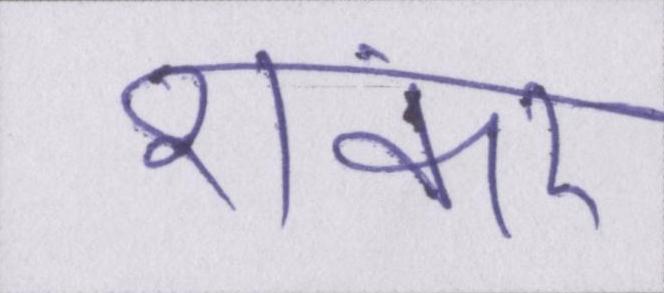
शंकर